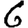
Digit: 6